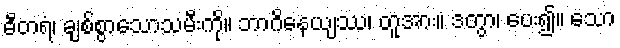
ဓီတရံ၊ ချစ်စွာသောသမီးကို။ ဘာဂိနေယျဿ၊ တူအား။ ဒတွာ၊ ပေး၍။ သော